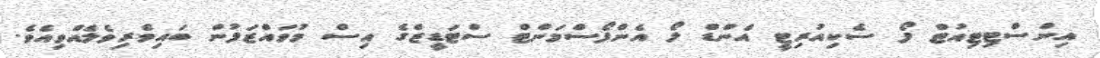
އިންސްޓިޓިއުޓް ފޯ ސެކިއުރިޓީ އެންޑް ލޯ އެންފޯސްމަންޓް ސްޓަޑީޒްގެ އިސް މުވައްޒަފުން ބައިވެރިވެލެއްވިއެވެ.